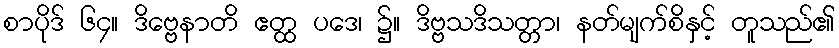
စာပိုဒ် ၆၄။ ဒိဗ္ဗေနာတိ ဧတ္ထ ပဒေ၊ ၌။ ဒိဗ္ဗသဒိသတ္တာ၊ နတ်မျက်စိနှင့် တူသည်၏